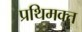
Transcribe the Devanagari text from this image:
प्रथिमक्त